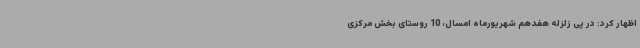
اظهار کرد: در پی زلزله هفدهم شهریورماه امسال، 10 روستای بخش مرکزی